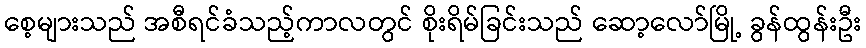
စေ့များသည် အစီရင်ခံသည့်ကာလတွင် စိုးရိမ်ခြင်းသည် ဆော့လော်မြို့ ခွန်ထွန်းဦး